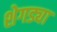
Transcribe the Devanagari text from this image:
शेगड्या